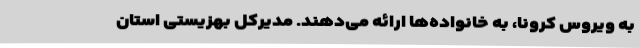
به ویروس کرونا، به خانواده‌ها ارائه می‌دهند. مدیرکل بهزیستی استان